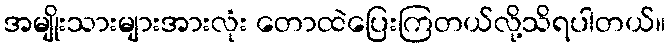
အမျိုးသားများအားလုံး တောထဲပြေးကြတယ်လို့သိရပါတယ်။